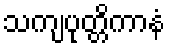
သကျပုတ္တိကာနံ